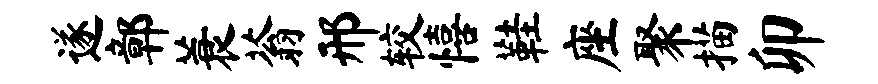
遂鄣蓑蓊邢较僖鞋座聚描卯